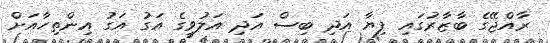
ރާއްޖޭގެ ބާޒާރުގައި ފިޔާ އަދި ބިސް އަދި އަލުވީގެ އަގު އަގު އިންތިހާއަށް